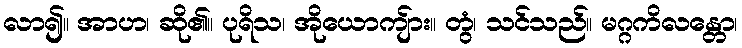
လာ၍။ အာဟ၊ ဆို၏။ ပုရိသ၊ အိုယောကျ်ား။ တွံ၊ သင်သည်။ မဂ္ဂကိလန္တော၊